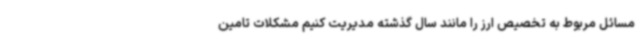
مسائل مربوط به تخصیص ارز را مانند سال گذشته مدیریت کنیم مشکلات تامین